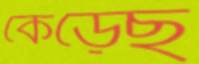
কেড়েছ